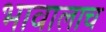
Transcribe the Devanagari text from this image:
भावालाच